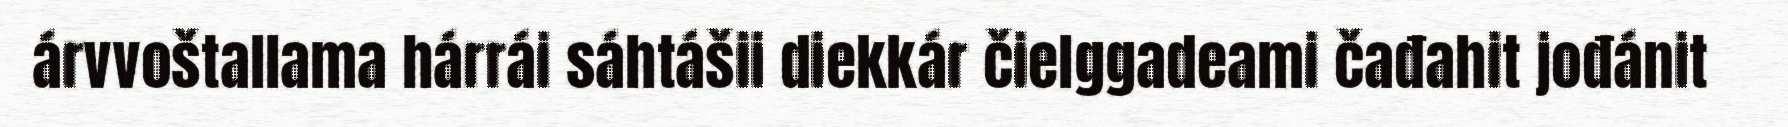
árvvoštallama hárrái sáhtášii diekkár čielggadeami čađahit jođánit